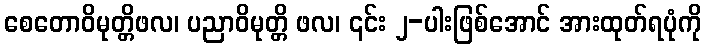
စေတောဝိမုတ္တိဖလ၊ ပညာဝိမုတ္တိ ဖလ၊ ၎င်း ၂-ပါးဖြစ်အောင် အားထုတ်ရပုံကို